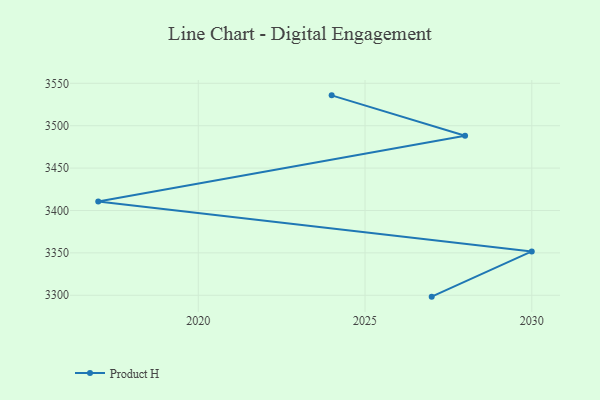
{"axis": {"x": "Year", "y": "Tickets Resolved"}, "legend": ["Product H"], "data": [{"x": "2024", "y": 3535.8, "type": "Product H"}, {"x": "2028", "y": 3488.2, "type": "Product H"}, {"x": "2017", "y": 3410.5, "type": "Product H"}, {"x": "2030", "y": 3351.7, "type": "Product H"}, {"x": "2027", "y": 3298.4, "type": "Product H"}]}